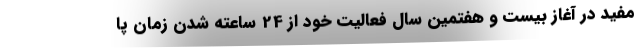
مفید در آغاز بیست و هفتمین سال فعالیت خود از 24 ساعته شدن زمان پا